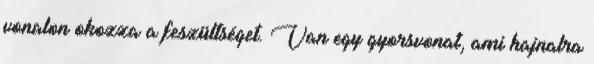
vonalon okozza a feszültséget. Van egy gyorsvonat, ami hajnalra